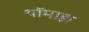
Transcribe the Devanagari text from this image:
थॉमाझ